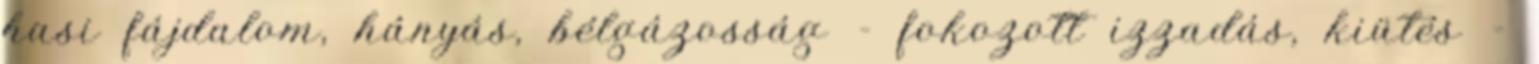
hasi fájdalom, hányás, bélgázosság - fokozott izzadás, kiütés -